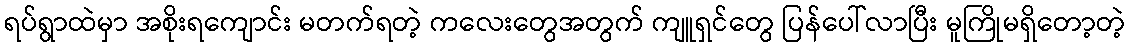
ရပ်ရွာထဲမှာ အစိုးရကျောင်း မတက်ရတဲ့ ကလေးတွေအတွက် ကျူရှင်တွေ ပြန်ပေါ်လာပြီး မူကြိုမရှိတော့တဲ့